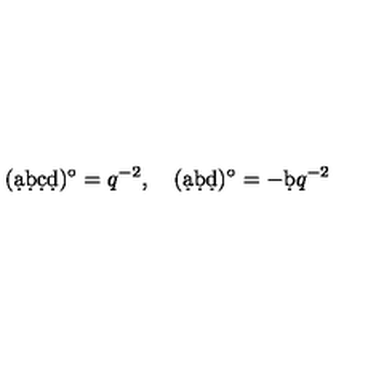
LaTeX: ( \d a \d b \d c \d d ) ^ { \circ } = q ^ { - 2 } , \quad ( \d a \d b \d d ) ^ { \circ } = - \d b q ^ { - 2 }